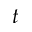
t